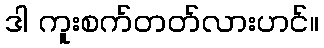
ဒါ ကူးစက်တတ်လားဟင်။